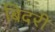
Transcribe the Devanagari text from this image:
बिदरी